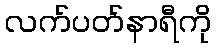
လက်ပတ်နာရီကို